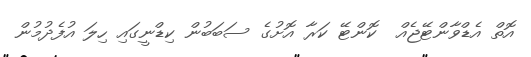
އޮތް އެޑްވާންޓޭޖެއް  ކޮންޓޭ ކަރާ އޮށުގެ ސަބަބުން ކިޑްނީގައި ހިލަ އުފެދުމުން